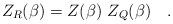
LaTeX: \begin{align*}Z_R(\beta)=Z(\beta)~Z_{Q}(\beta)~~~.\end{align*}